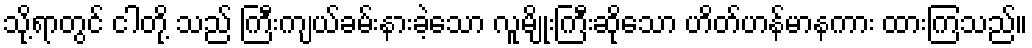
သို့ရာတွင် ငါတို့ သည် ကြီးကျယ်ခမ်းနားခဲ့သော လူမျိုးကြီးဆိုသော ဟိတ်ဟန်မာနကား ထားကြသည်။